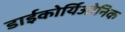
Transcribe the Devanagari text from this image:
डाईकोर्यिओनिक